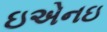
ઇએનઇ